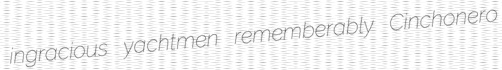
ingracious yachtmen rememberably Cinchonero